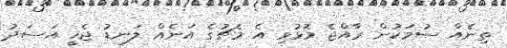
ތިނެއް ސުމަކުން ރާއްޖެ މޮޅުވި އެ މެޗުގެ އަނެއް ލަނޑު ޖެހީ އަސަދު